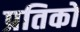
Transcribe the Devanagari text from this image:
प्रतिकों